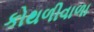
કોથળીવાળા